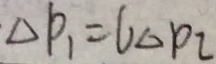
\Delta P _ { 1 } = 6 \Delta p _ { 2 }